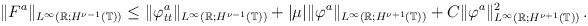
\begin{align*}\Vert F^a\Vert_{L^\infty(\mathbb R; H^{\nu-1}(\mathbb T))}\le\Vert\varphi^a_{tt}\Vert_{L^\infty(\mathbb R; H^{\nu-1}(\mathbb T))}+\vert\mu\vert\Vert\varphi^a\Vert_{L^\infty(\mathbb R; H^{\nu+1}(\mathbb T))}+C\Vert\varphi^a\Vert^2_{L^\infty(\mathbb R;H^{\nu+1}(\mathbb T))}\,.\end{align*}